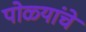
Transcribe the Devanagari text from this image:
पोळ्यांचे